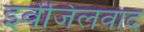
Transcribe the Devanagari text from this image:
इवेंजिलवाद